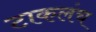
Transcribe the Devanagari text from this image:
टाकलंच